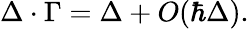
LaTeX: \Delta\cdot\Gamma=\Delta+O(\hbar\Delta).